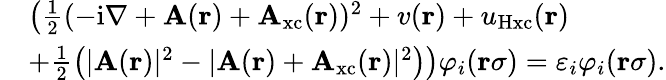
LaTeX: \begin{array}{rl}&{\left(\frac{1}{2}(-\mathrm{i}\nabla+\mathbf{A}(\mathbf{r})+\mathbf{A}_{\mathrm{xc}}(\mathbf{r}))^{2}+v(\mathbf{r})+u_{\mathrm{Hxc}}(\mathbf{r})\right.}\\ &{\left.+\frac{1}{2}\left(|\mathbf{A}(\mathbf{r})|^{2}-|\mathbf{A}(\mathbf{r})+\mathbf{A}_{\mathrm{xc}}(\mathbf{r})|^{2}\right)\right)\varphi_{i}(\mathbf{r}\sigma)=\varepsilon_{i}\varphi_{i}(\mathbf{r}\sigma).}\end{array}